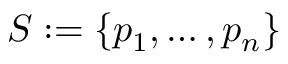
S : = \{ p _ { 1 } , \ldots , p _ { n } \}